Juuru_vallavalitsus, lk 44
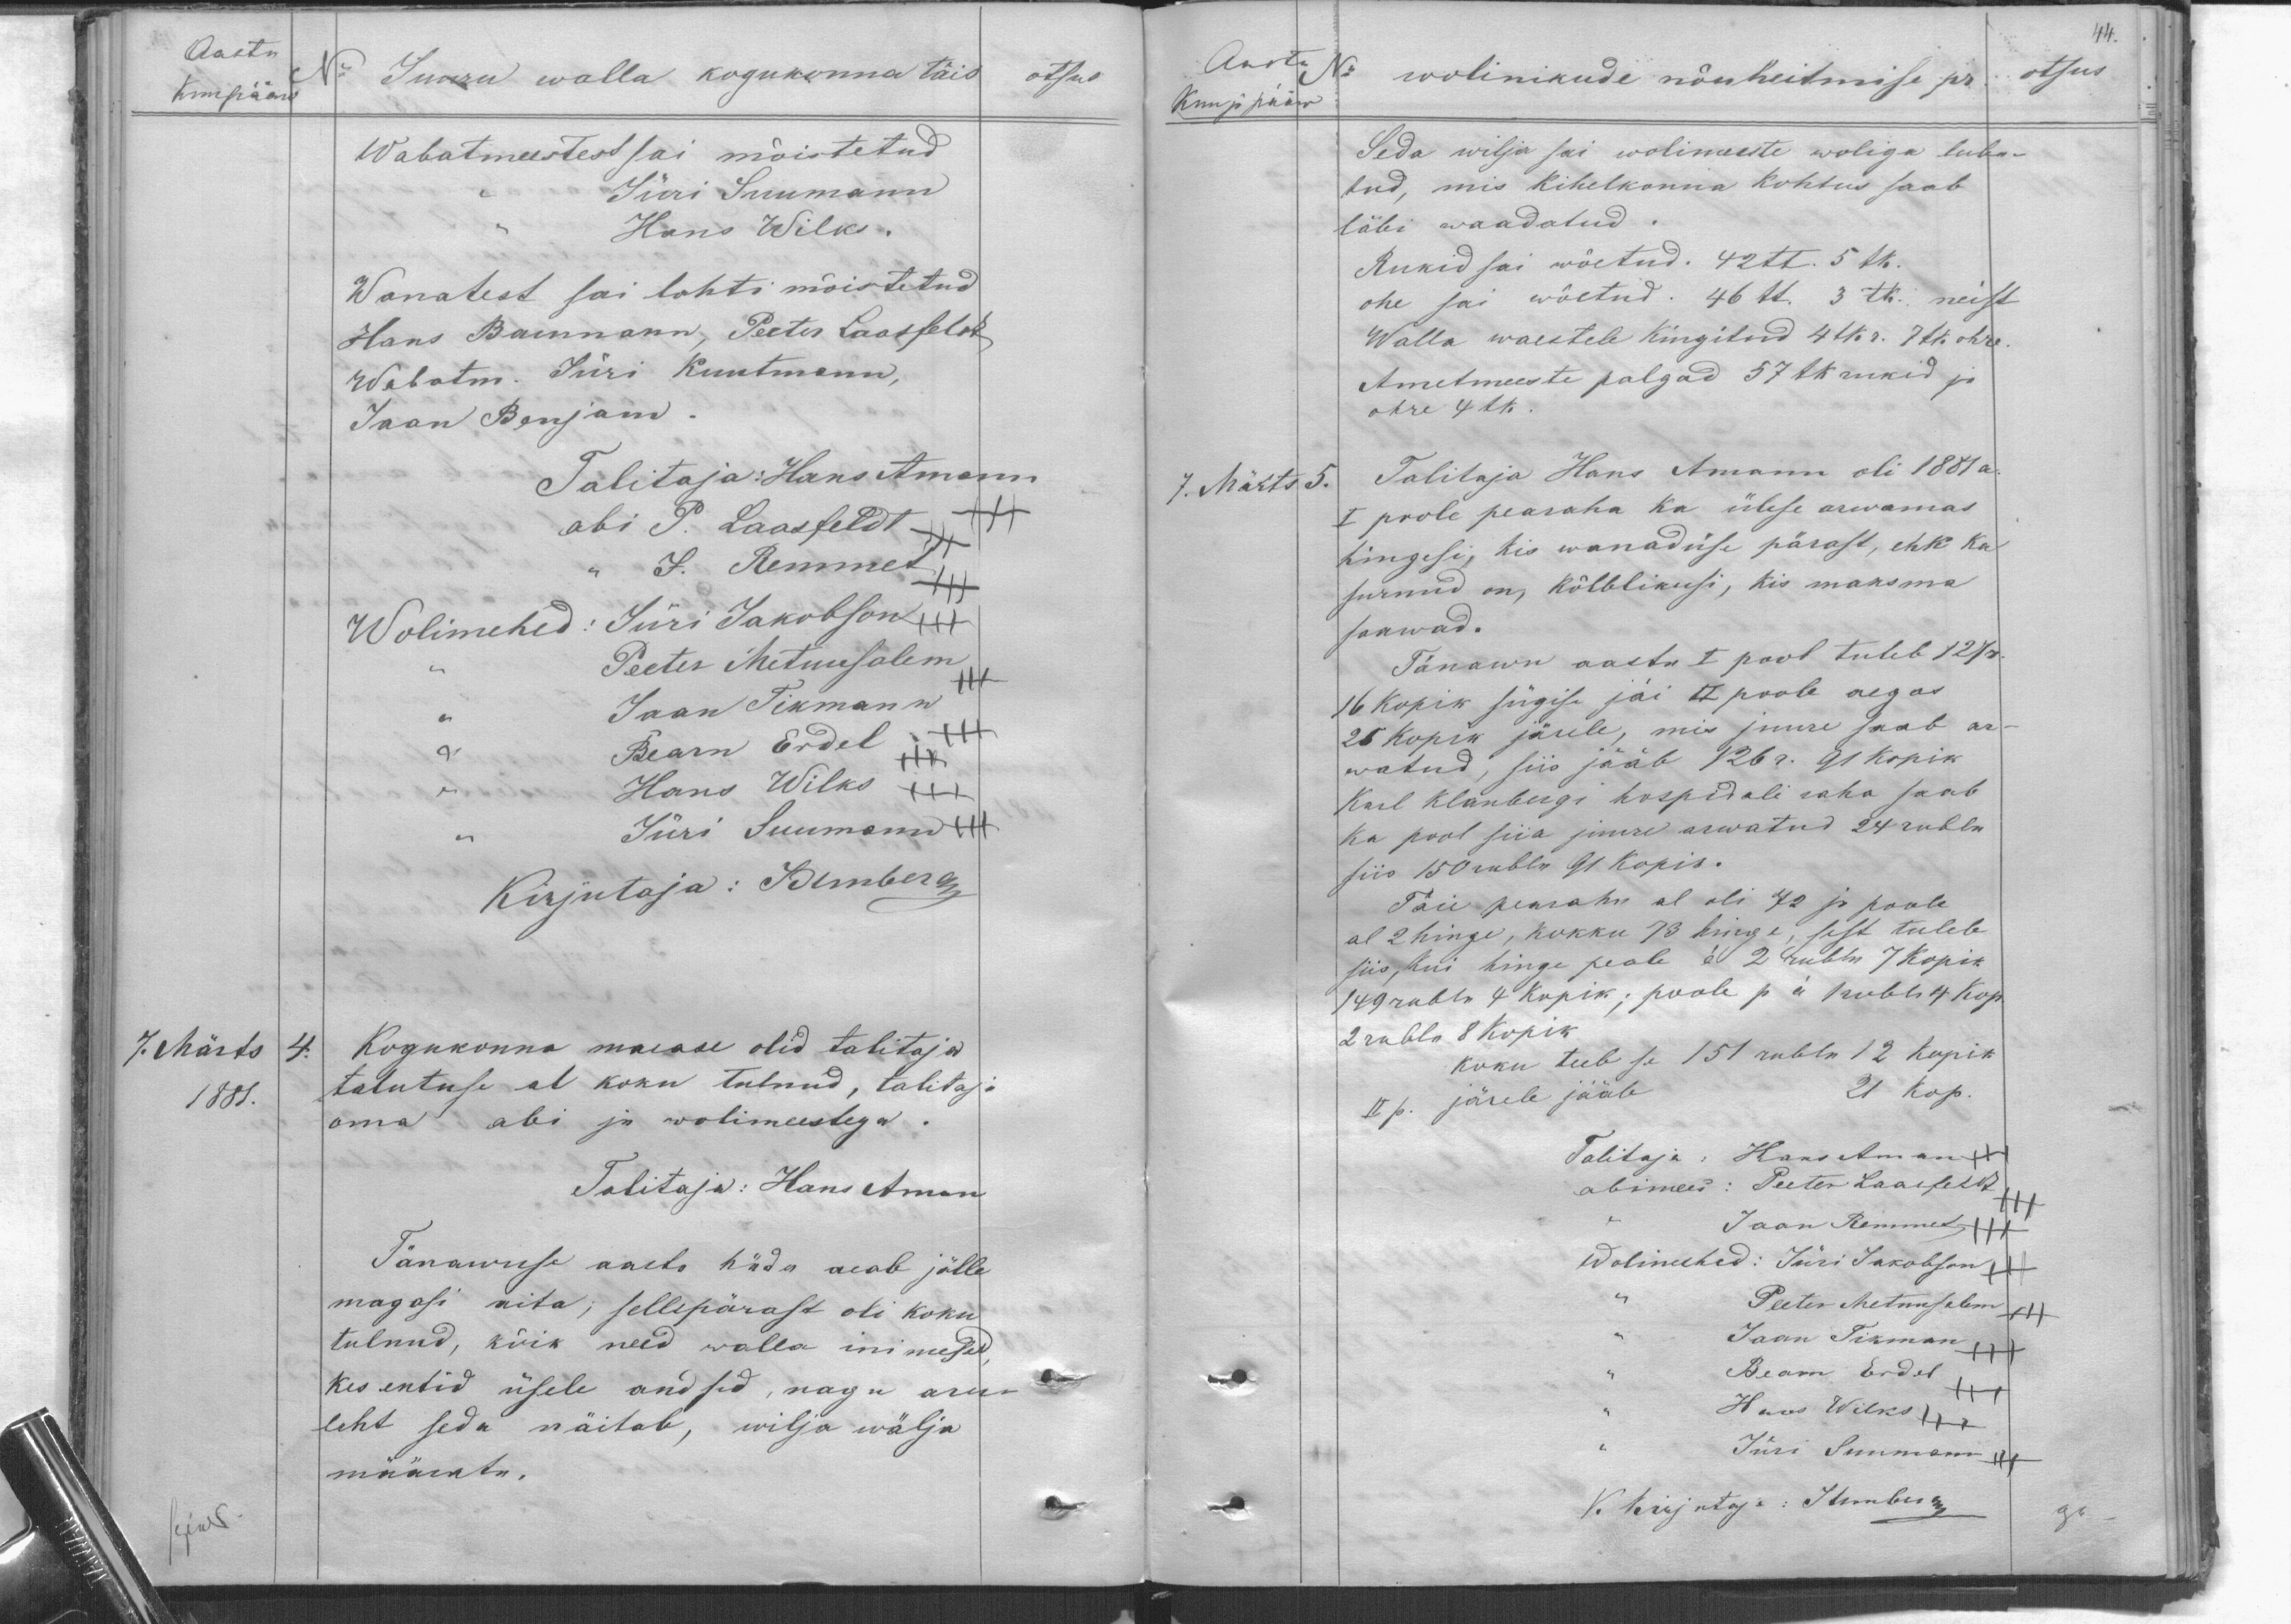
Aasta
Kumpääw
No
Juuru walla kogukonna täis
otsus.
Wabatmeestest sai mõistetud
Jüri Suumann
Hans Wilks.
Wanatest sai lahti mõistetud
Hans Baumann, Peeter Laasfeldt,
Wabatm. Jüri Kuutmann,
Jaan Benjam.
Talitaja: Hans Amann
abi P. Laasfeldt +++
J. Remmet
Wolimehed: Jüri Jakobson
Peeter Metuusalem
Jaan Tikmann
Bearn Erdel XXX
Hans Wilks XXX
Jüri Suumann
Kirjutaja: Kimberg
7. Märts 4.
1881.
Kogukonna maease olid talitaja
talutuse al koku tulnud, talitaja
oma abi ja wolimeestega.
Talitaja: Hans Aman
Tänawuse aasta häda aeab jälle
magasi aita; sellepärast oli koku
tulnud, kõik need walla inimesed
kes entid üsele andsid, nagu aru-
leht seda näitab, wilja wälja
määrata.

44.
Aasta
Kuu ja pääw
No
wolinikude nõuheitmise pr.
otsus.
Seda wilja sai wolimeeste woliga luba-
tud, mis kihelkonna kohtus saab
läbi waadatud.
Rukid sai wõetud. 42tt. 5 tk.
ohe sai wõetud. 46tt. 3tk. neist
Walla waestele kingitud 44 kr. 71k. ohre.
Ametmeeste palgad 57tk rukid ja
ohre 4tk.
7. Märts 5.
Talitaja Hans Amann oli 1887 a.
I poole pearaha ka ülese arwamas.
hingesi, kis wanaduse pärast, ehk ka
surnud on, kõlblikusi, kis maksma
saawad.
Tänawu aastat I pool tuleb 127r.
16 kopik sügise jäi II poole aegas
25 kopik järele, mis juure saab ar-
watud, siis jääb 126 r. 91 kopik
Karl Klanbergi hospidali raha saab
ka pool siia juure arwatud 24 rubla
siis 150 rubla 91 kopis.
Täie pearaha al oli 72 ja poole
al 2 hinge, kokku 73 hinge, sest tuleb
siis, kui hinge peale N 2 rubla 7 kopik
14 9 rubla 4 kopik; poole p. ü.1 rubla 4 kop.
2 rubla 8 Kopik
koku teeb se 1951 rubla 12 kopik
II p. järele jääb
21 kop.
Talitaja: Hans Aman
abimees: Peeter Laasfeldt
Jaan Remmet
Wolimehed: Jüri Jakobson
Peeter Metsusolem
Jaan Tikman
Bearn Erdel
Hans Wilks XXX
Jüri Suumann
K. Kirjutaja: JUmberg